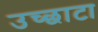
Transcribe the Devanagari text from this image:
उच्छाटा